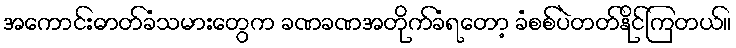
အကောင်းဓာတ်ခံသမားတွေက ခဏခဏအတိုက်ခံရတော့ ခံစစ်ပဲတတ်နိုင်ကြတယ်။